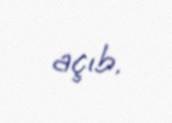
açıb.